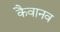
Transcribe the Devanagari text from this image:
कैवानव